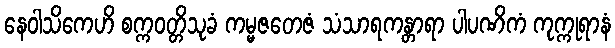
နေဝါသိကေဟိ စက္ကဝတ္တိသုခံ ကမ္မဇတေဇံ သံသာရကန္တာရာ ပါပဏိကံ ကုက္ကုရာနံ